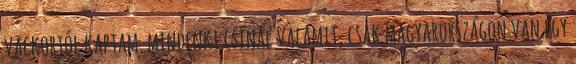
vackortól kaptam. mindenki csinál valamit, csak magyarországon van egy